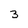
Character: 3